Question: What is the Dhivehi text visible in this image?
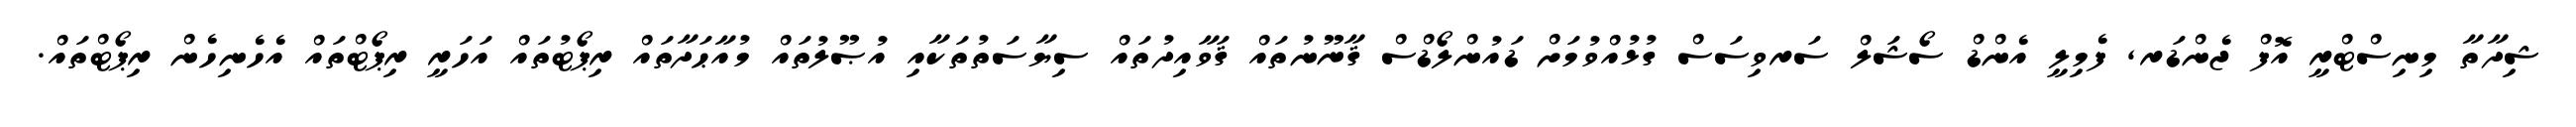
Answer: ޝިދާތާ މިނިސްޓްރީ އޮފް ޖެންޑަރ, ފެމިލީ އެންޑް ސޯޝަލް ސަރވިސަސް ގުޅުއްވުމަށް ޑައުންލޯޑްސް ޤާނޫނުތައް ޤަވާއިދުތައް ސިޔާސަތުތަކާއި އުޞޫލުތައް މުއާޙަދާތައް ރިޕޯޓުތައް އަހަރީ ރިޕޯޓްތައް އެހެނިހެން ރިޕޯޓްތައް.